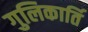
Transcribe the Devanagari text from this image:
गुलिकार्ति